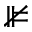
\nVDash